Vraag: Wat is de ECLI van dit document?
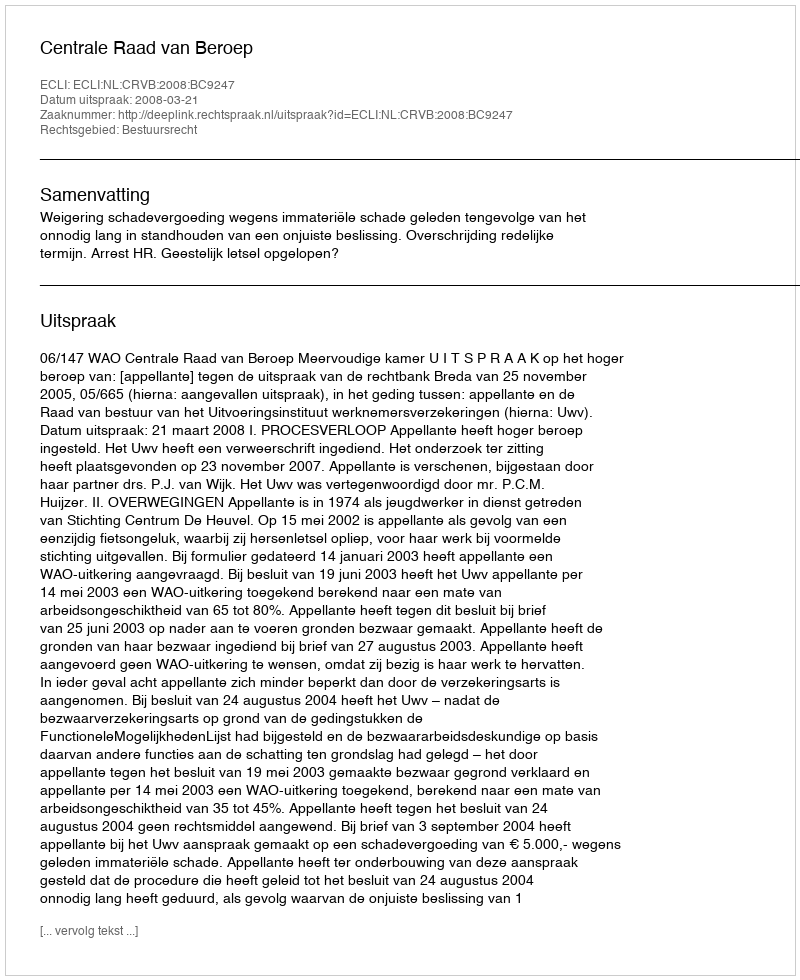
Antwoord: ECLI:NL:CRVB:2008:BC9247